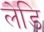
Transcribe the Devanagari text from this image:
लेडि